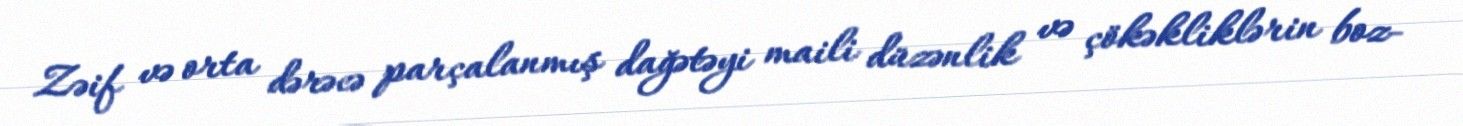
Zəif və orta dərəcə parçalanmış dağətəyi maili düzənlik və çökəkliklərin boz-